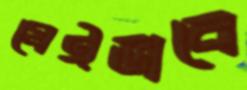
যেইভাবে